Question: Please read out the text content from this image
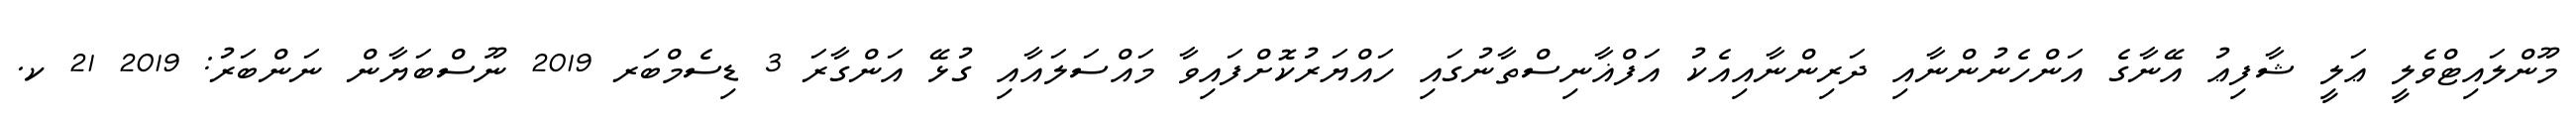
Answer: މޫންލައިޓްވެލީ ޢަލީ ޝާފިޢު އޭނާގެ އަންހެނުންނާއި ދަރިންނާއިއެކު އަފްޣާނިސްތާނުގައި ހައްޔަރުކޮށްފައިވާ މައްސަލައާއި ގުޅޭ އަންގާރަ 3 ޑިސެމްބަރ 2019 ނޫސްބަޔާން ނަންބަރު: 2019 21 ކ.